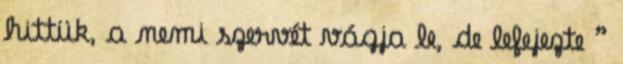
hittük, a nemi szervét vágja le, de lefejezte ”